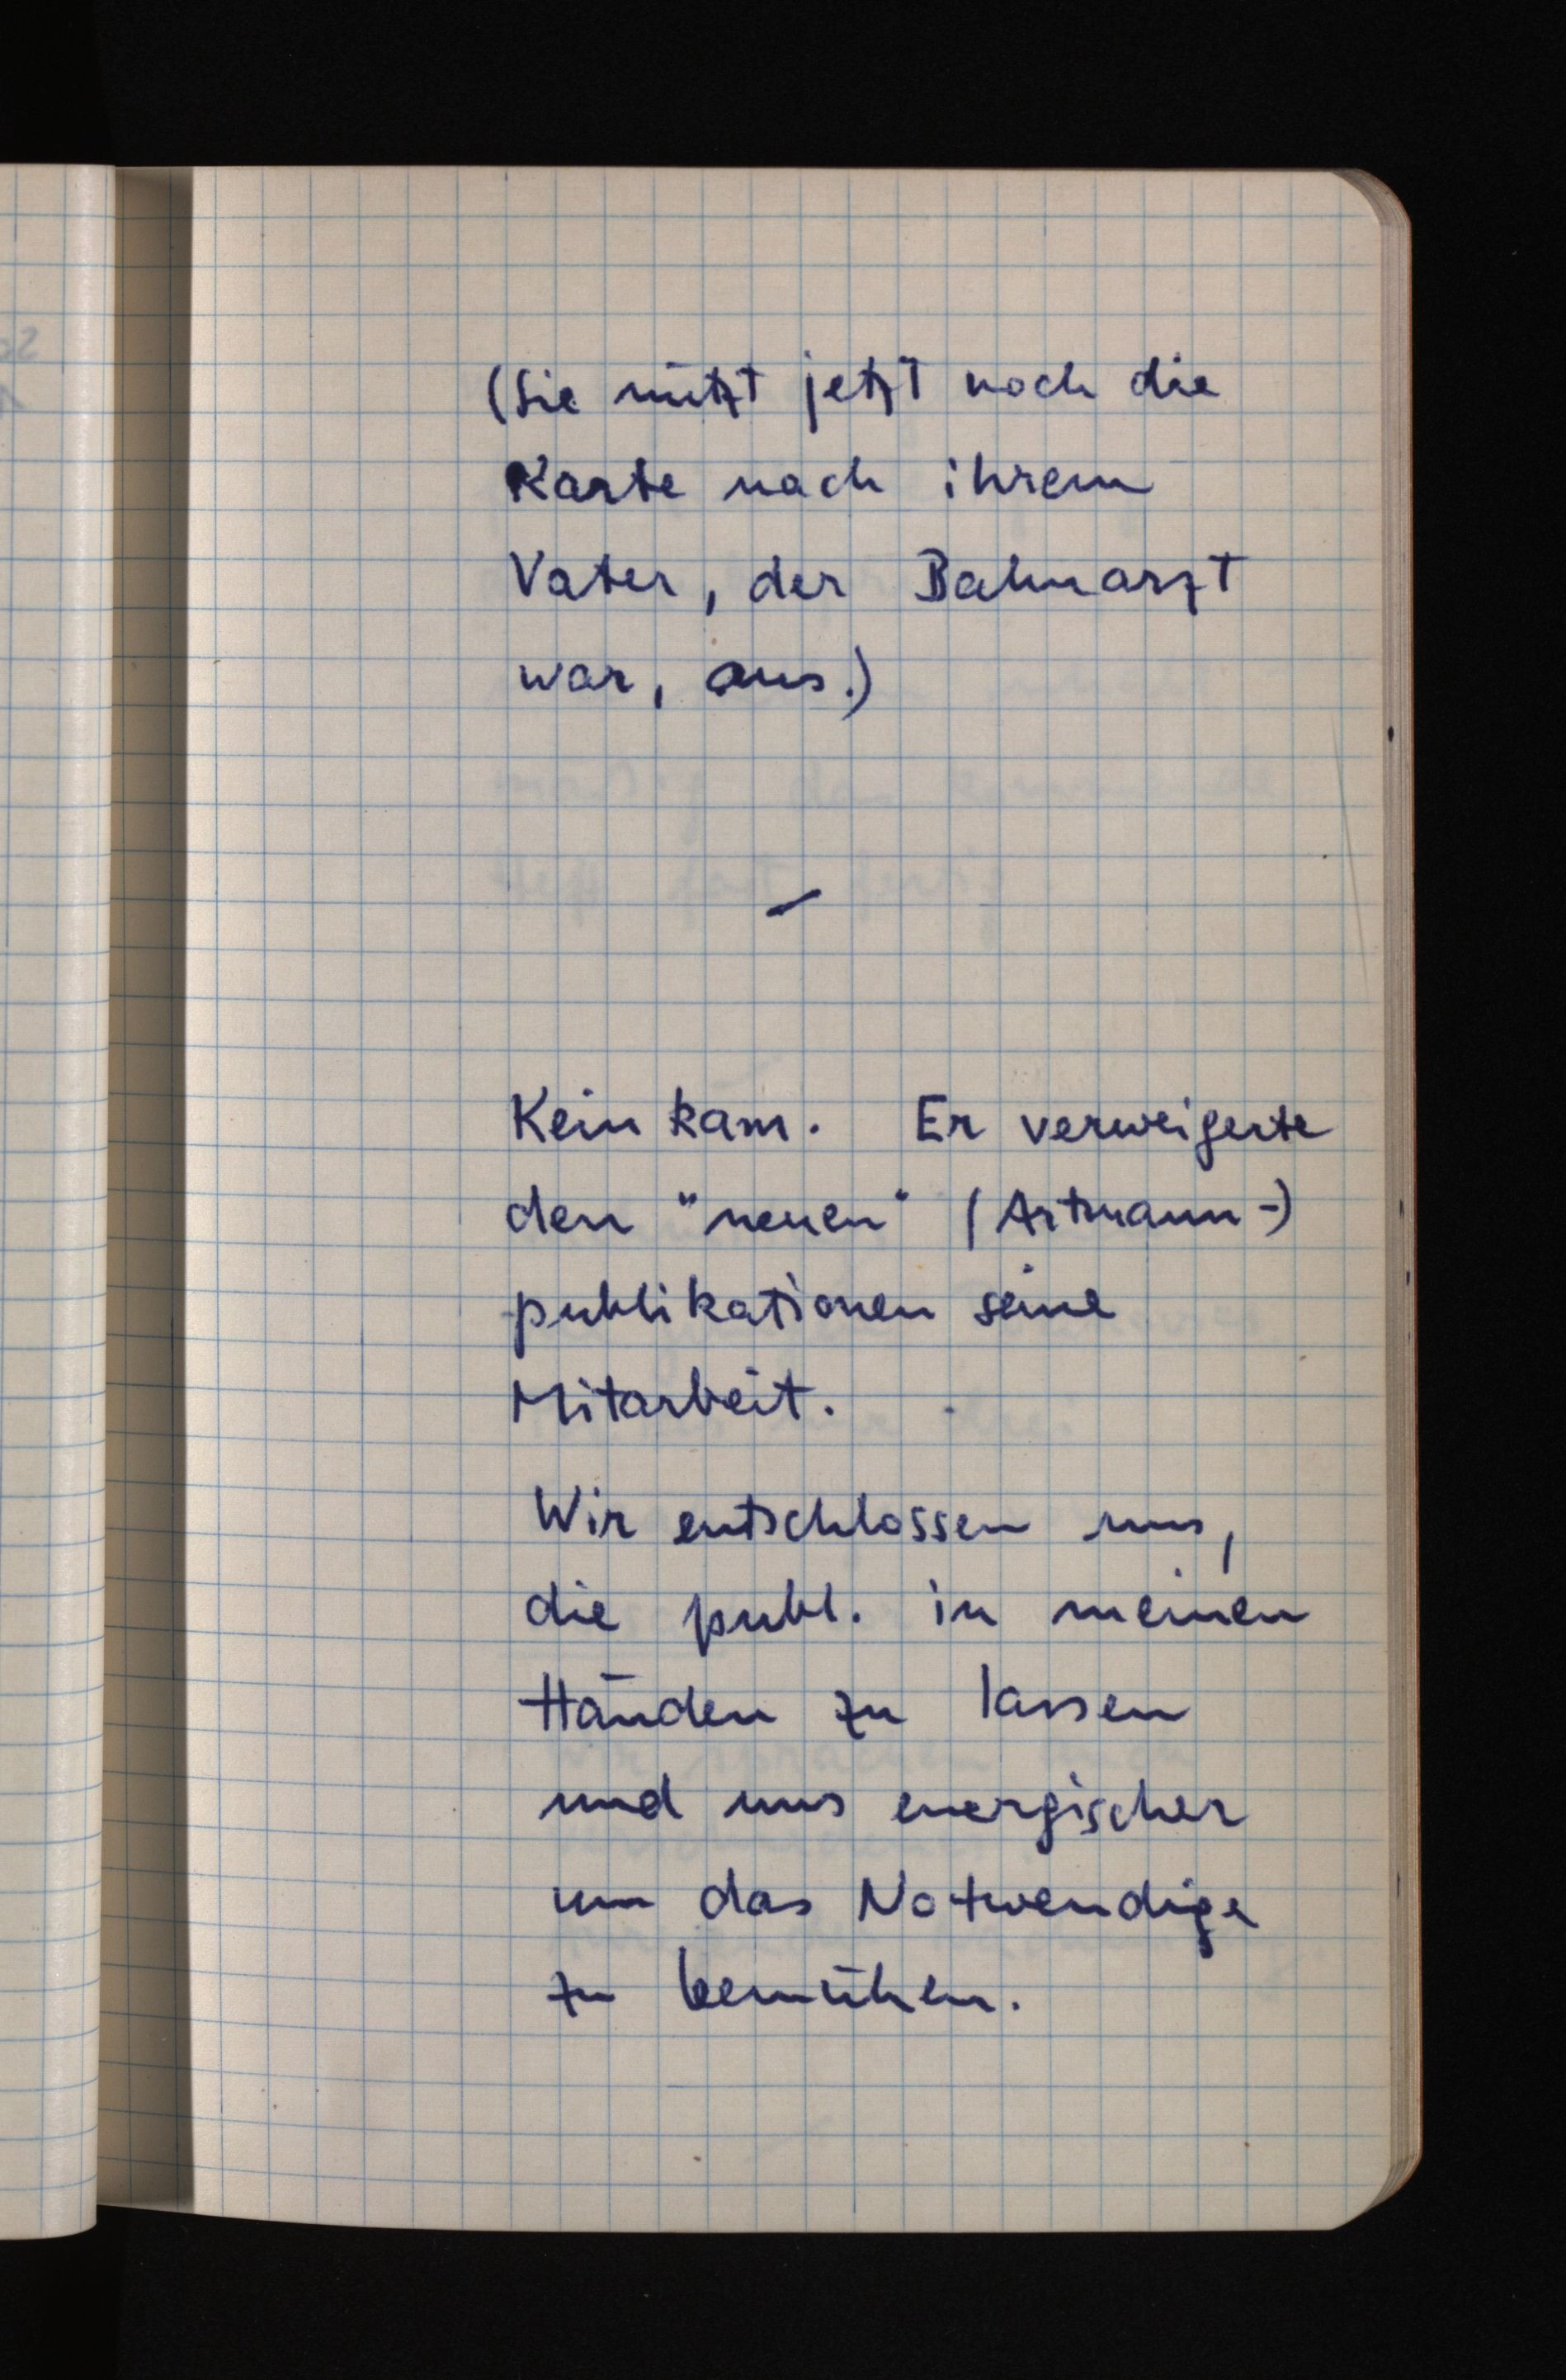
(Sie nützt jetzt noch die
Karte nach ihrem
Vater, der Bahnarzt
war, aus.)
Kein kam. Er verweigerte
den "neuen" (Artmann-)
publikationen seine
Mitarbeit.
Wir entschlossen uns,
die publ. in meinen
Händen zu lassen
und uns energischer
um das Notwendige
zu bemühen.